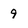
Character: 9